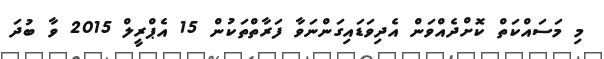
މި މަސައްކަތް ކޮށްދެއްވަން އެދިވަޑައިގަންނަވާ ފަރާތްތަކުން 15 އެޕްރީލް 2015 ވާ ބުދަ